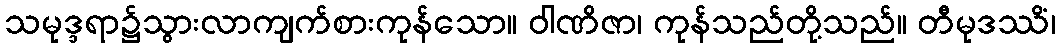
သမုဒ္ဒရာ၌သွားလာကျက်စားကုန်သော။ ဝါဏိဇာ၊ ကုန်သည်တို့သည်။ တီမုဒဿိံ၊